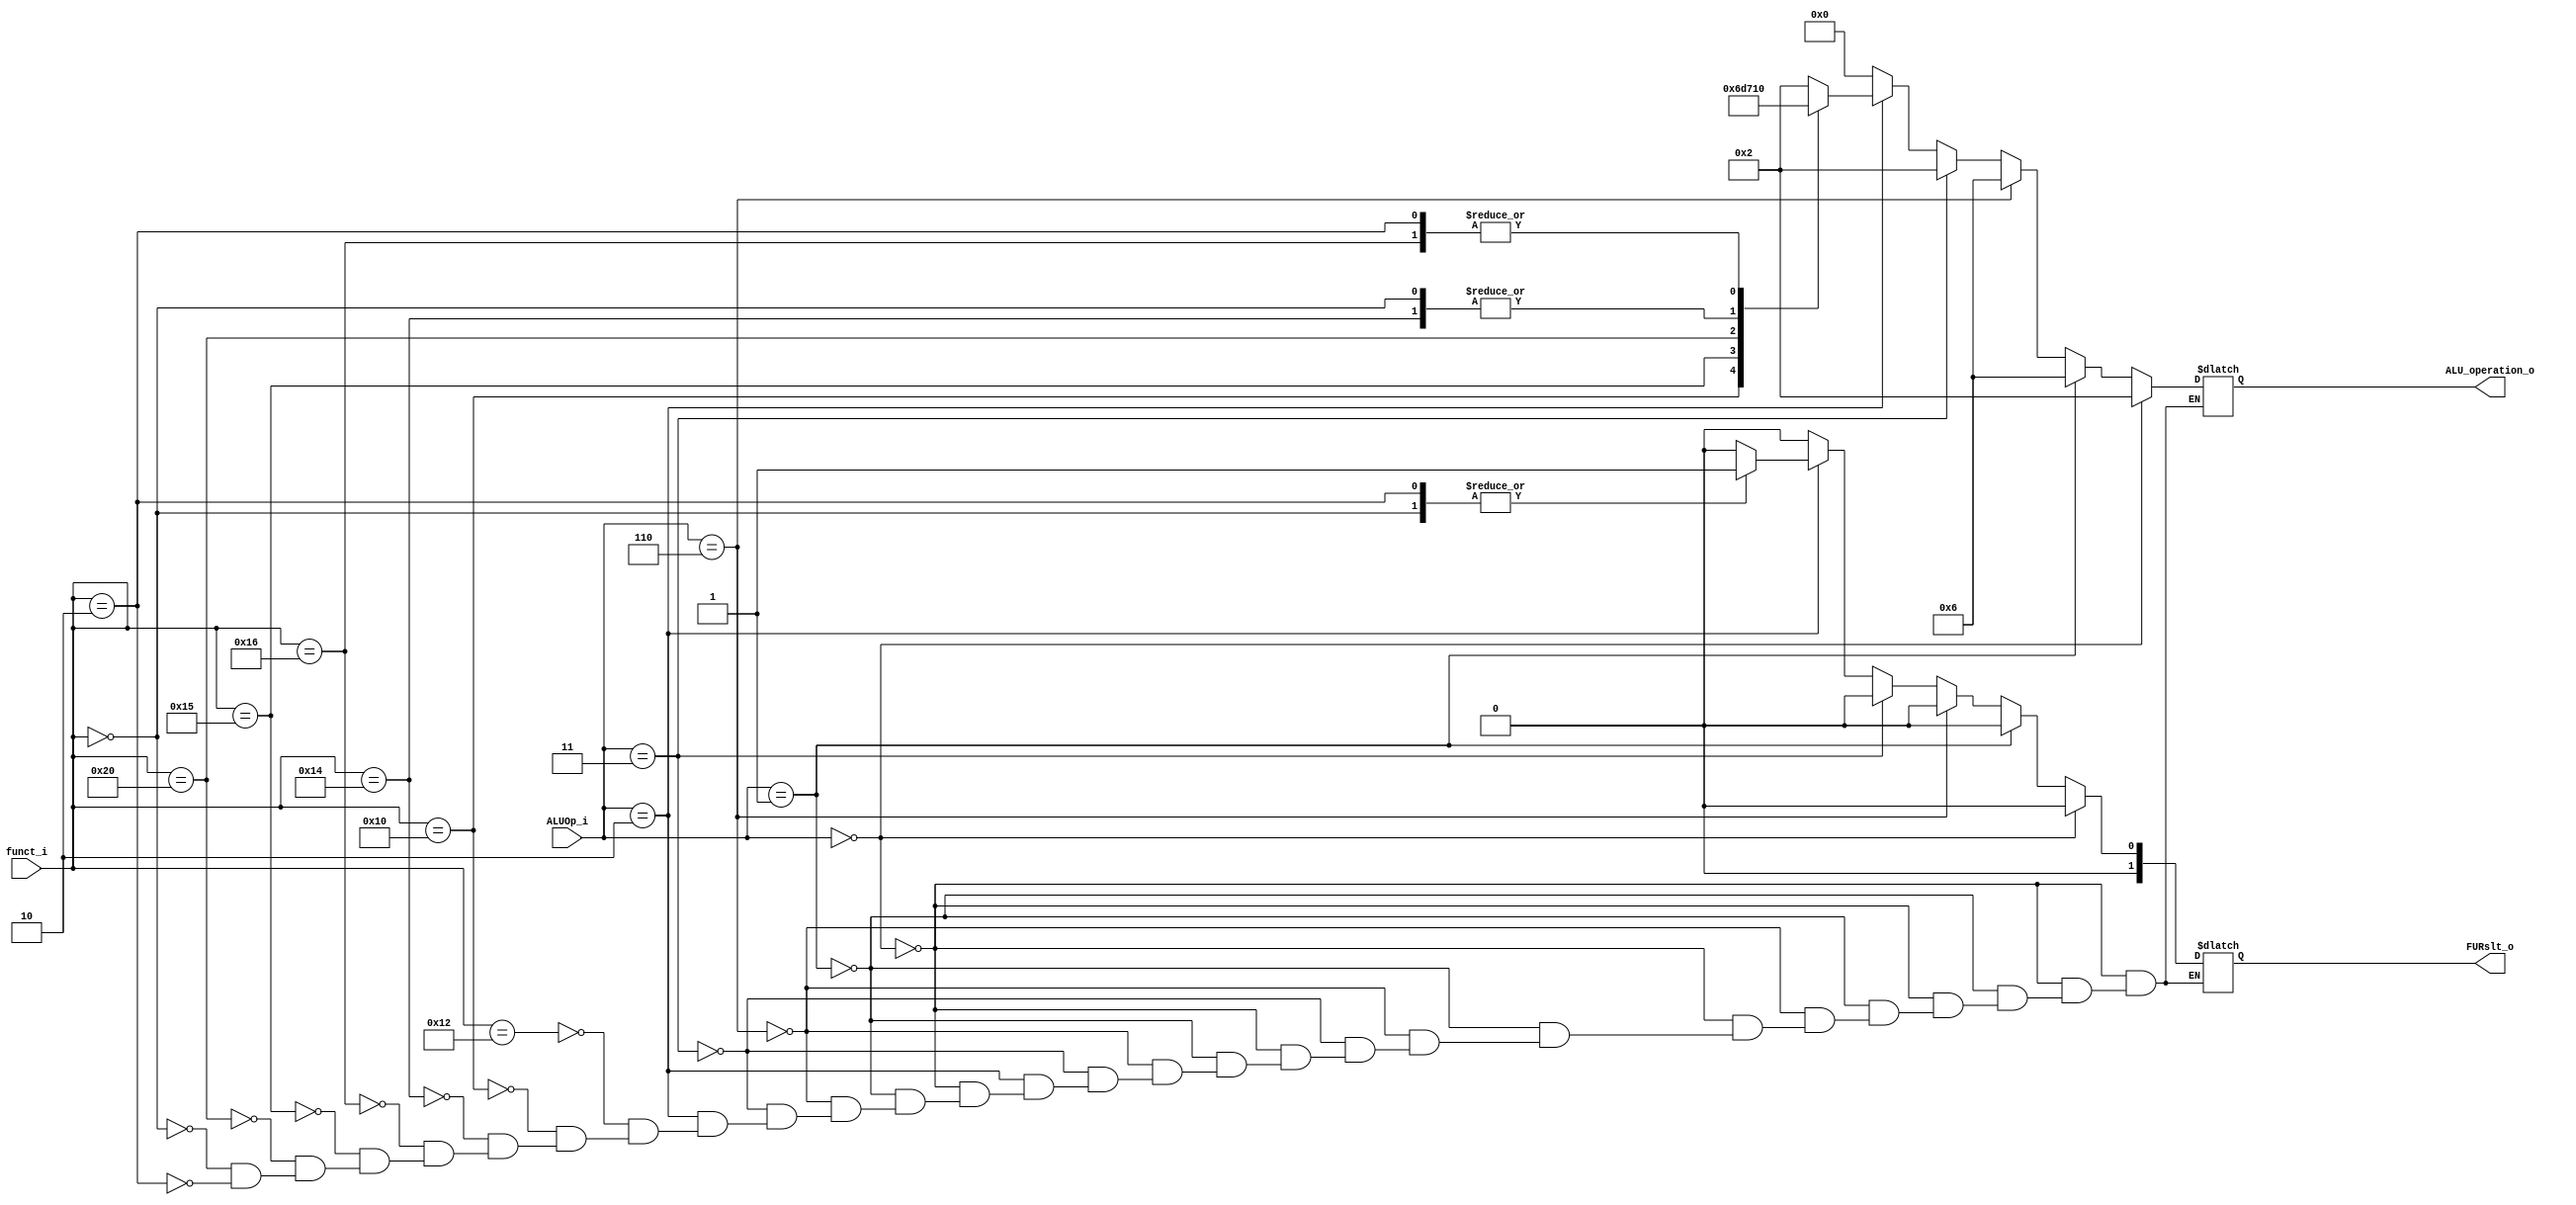
module ALU_Ctrl( funct_i, ALUOp_i, ALU_operation_o, FURslt_o );

//I/O ports 
input      [6-1:0] funct_i;
input      [3-1:0] ALUOp_i;

output     [4-1:0] ALU_operation_o;  
output     [2-1:0] FURslt_o;
     
//Internal Signals
reg		[4-1:0] ALU_operation_o;
reg		[2-1:0] FURslt_o;

//Main function
/*your code here*/
always @(funct_i,ALUOp_i)begin
    if(ALUOp_i == 3'b000)begin//lw,sw
        ALU_operation_o = 4'b0010;//add in ALU
        FURslt_o = 2'b00;// address from ALU
    
    end
    else if(ALUOp_i == 3'b001)begin//beq
        ALU_operation_o = 4'b0110; //sub in ALU
        FURslt_o = 2'b00;// nomatter
    end
    else if(ALUOp_i == 3'b110)begin//bne
        ALU_operation_o = 4'b0110; //sub in ALU
        FURslt_o = 2'b00;// nomatter
    end
    else if(ALUOp_i == 3'b011)begin//addi
        FURslt_o =2'b00;  // 
        ALU_operation_o = 4'b0010;
    end
    else if(ALUOp_i == 3'b010)begin//R type
        case(funct_i)
        6'b010010:begin//add
            ALU_operation_o = 4'b0010;
            FURslt_o = 2'b00;
        end
        6'b010000:begin//sub
            ALU_operation_o = 4'b0110;
            FURslt_o = 2'b00;
        end
        6'b010100:begin//and
            ALU_operation_o = 4'b0001;
            FURslt_o = 2'b00;
        end
        6'b010110:begin//or
            ALU_operation_o = 4'b0000;
            FURslt_o = 2'b00;
        end
        6'b010101:begin//nor
            ALU_operation_o = 4'b1101;
            FURslt_o = 2'b00;
        end
        6'b100000:begin//slt
            ALU_operation_o = 4'b0111;
            FURslt_o = 2'b00;
        end
        6'b000000:begin//sll//leftright = 1 (in shifter)
            ALU_operation_o = 4'b0001;
            FURslt_o = 2'b01;
        end
        6'b000010:begin//srl//leftright = 0 (in shifter)
            ALU_operation_o = 4'b0000;
            FURslt_o = 2'b01;
        end
        endcase
    end
    else begin // default
        ALU_operation_o = 4'b0000; 
        FURslt_o = 2'b00;
    end
end 
endmodule